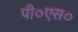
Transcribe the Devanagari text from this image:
पी०एस०